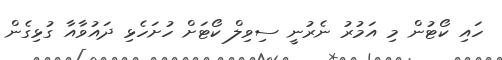
ހައި ކޯޓުން މި އަމުރު ނެރުނީ ސިވިލް ކޯޓަށް ހުށަހެޅި ދައުވާއާ ގުޅިގެން